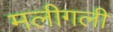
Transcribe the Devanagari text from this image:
मलीगली